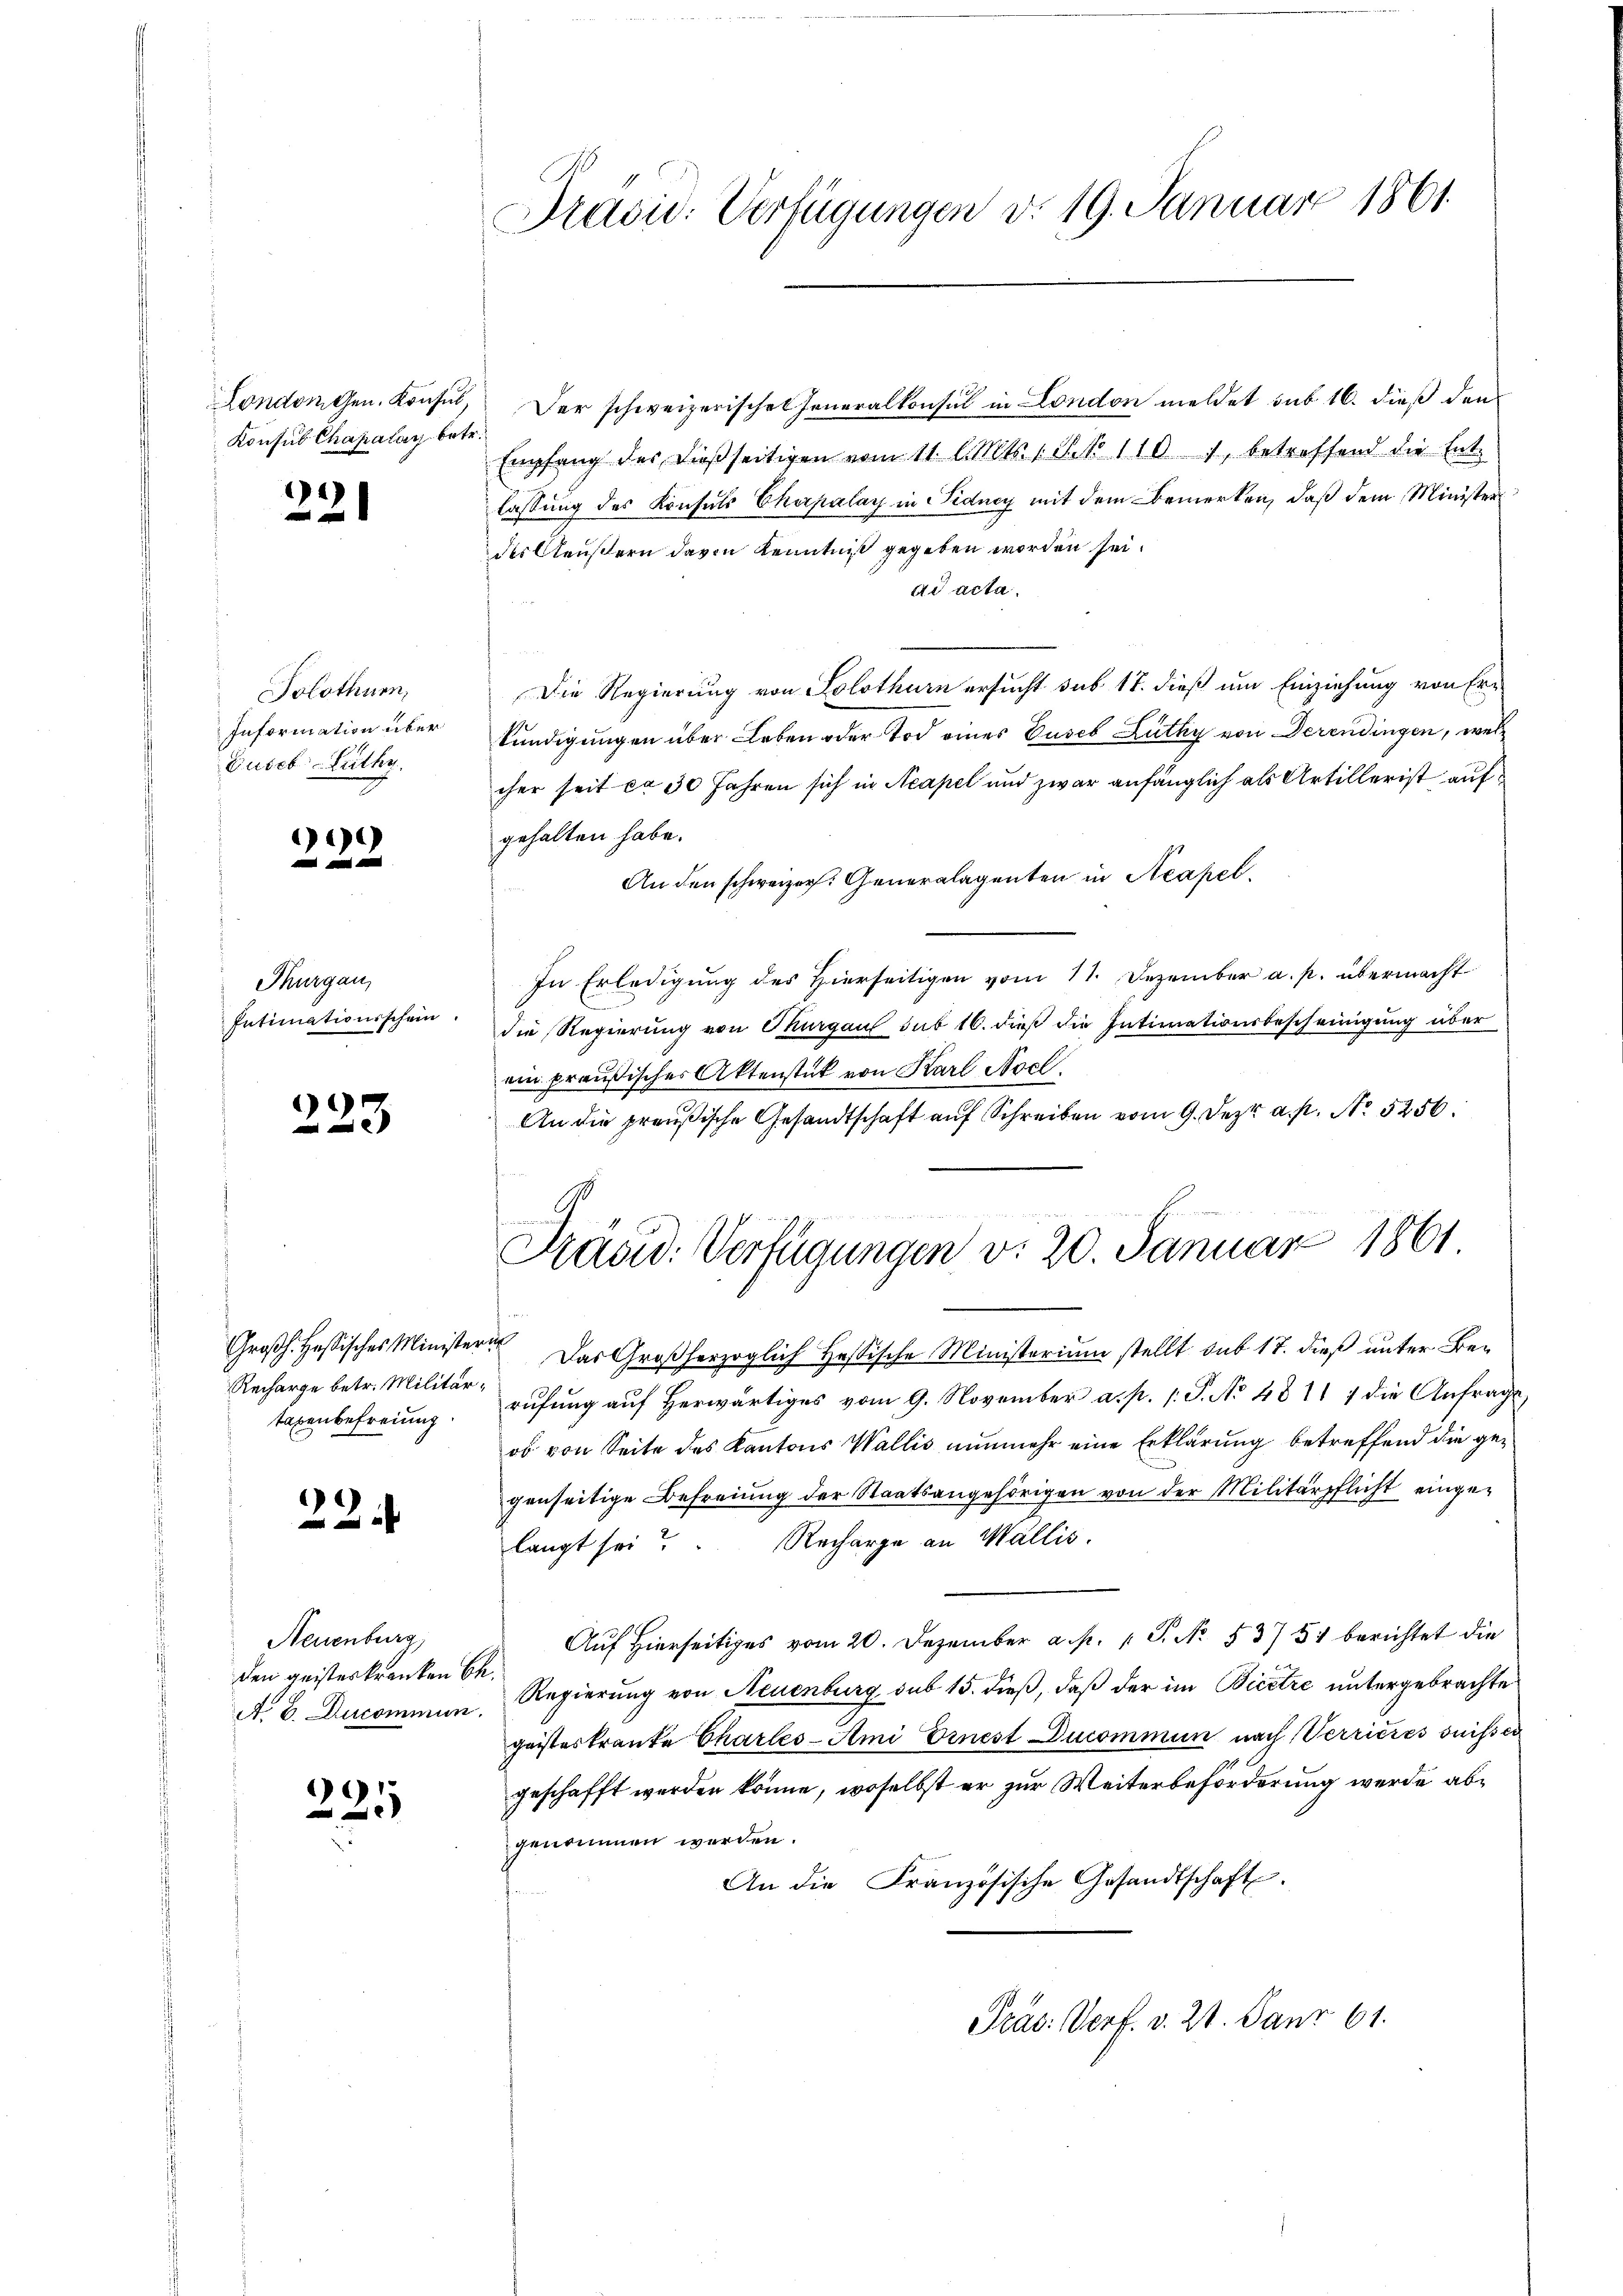
Konsus Chapalay betr.

221

Solothurn,
Information über
Guseb Lüthy.

)

Thurgau,
Intimationsschein.

223

Großh. Hastisches Ministern.
Recharge betr. Militärtaxenbefreiung

22

Neuenburg,
den geisteskranken k.
A. E. Ducommun

225

London gen. Konsul, der schweizerische Generalkonsul in London meldet sub 16. dieß den
Empfang des dießseitigen vom 11. l. Mts. 1 S. No 110 1, betreffend die Ent-
lassung des Konsuls Cherpalay in Pidney mit dem Bemerken, daß dem Minister
des Aeußern davon Kenntniß gegeben worden sei.
ad acta.
Die Regierung von Solothurn ersucht sub 17. dieß um Einziehung von Erkündigungen über Leben oder Tod eines Guseb Lüthy von Derendingen, welcher seit ca 30 Jahren sich in Neapel und zwar anfänglich als Artillerist aufgehalten habe.
An den schweizer. Generalagenten in Neapel
In Erledigung des Hierseitigen vom 11. Dezember a. p. übermacht
die Regierung von Thurgau sub 16. dieß die Intimationsbescheinigung über
ein preußischer Aktenstück von Karl Nocl.
An die preußische Gesandtschaft auf Schreiben vom 9. Jezt a. p. No 5256.

Prasid. Verfügungen d. 19. Januar 1861

d
Das Großherzoglich Hessische Ministerium stellt sub 17. dieß unter Berufung aŭf herwärtiges vom 9. November a. p. s. S. No 48117 die Anfrage,
oo von Seite des Kantons Wallis nunmehr eine Erklärung betreffend die gegenseitige Befreiung der Staatsangehörigen von der Militärpflicht einge¬
Recharge an Wallis.
langt sei?
Auf Hierseitiges vom 20. Dezember a. p. 1 S. No. 53751 berichtet die
Regierung von Neuenburg sub 15. dieß, daß der im Bicetze untergebrachte
geisteskranke Charles-Ami Ernest Ducommun nach Verricies suisser
geschafft werden könne, woselbst er zur Weiterbeförderung werde abgenommen werden.
An die Französische Gesandtschaft.

Präsid. Verfügungen v. 20. Januar 1861

Präs: Verf. v. 21. Janr 61.